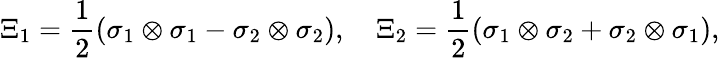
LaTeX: \Xi_{1}=\frac{1}{2}(\sigma_{1}\otimes\sigma_{1}-\sigma_{2}\otimes\sigma_{2}),\quad\Xi_{2}=\frac{1}{2}(\sigma_{1}\otimes\sigma_{2}+\sigma_{2}\otimes\sigma_{1}),